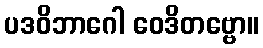
ပဒဝိဘာဂေါ ဝေဒိတဗ္ဗော။